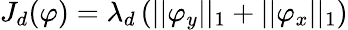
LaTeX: J_{d}(\varphi)=\lambda_{d}\left(||\varphi_{y}||_{1}+||\varphi_{x}||_{1}\right)